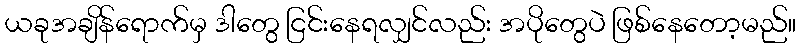
ယခုအချိန်ရောက်မှ ဒါတွေ ငြင်းနေရလျှင်လည်း အပိုတွေပဲ ဖြစ်နေတော့မည်။